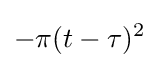
{-{\pi }(t-\tau )^{2}}